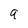
Character: 9